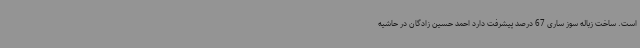
است. ساخت زباله سوز ساری 67 درصد پیشرفت دارد احمد حسین زادگان در حاشیه